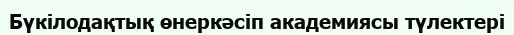
Бүкілодақтық өнеркәсіп академиясы түлектері